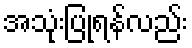
အသုံးပြုရန်လည်း